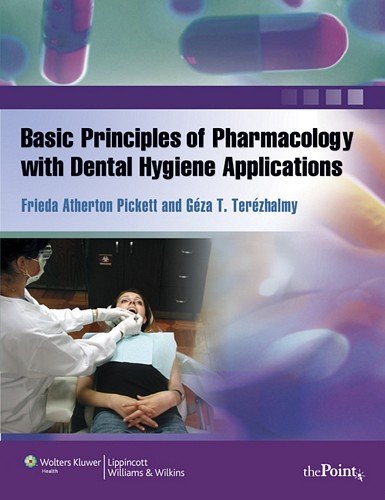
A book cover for Basic Principles of Pharmacology with Dental Hygiene Applications (Point (Lippincott Williams & Wilkins)); Frieda Atherton Pickett RDH  MS; Medical Books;